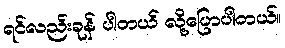
ရင်လည်းခုန် ပါတယ် လို့ပြောပါတယ်။